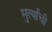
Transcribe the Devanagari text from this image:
मुर्त्यांची